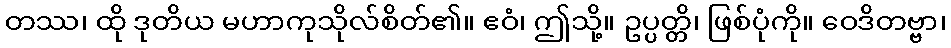
တဿ၊ ထို ဒုတိယ မဟာကုသိုလ်စိတ်၏။ ဧဝံ၊ ဤသို့။ ဥပ္ပတ္တိ၊ ဖြစ်ပုံကို။ ဝေဒိတဗ္ဗာ၊